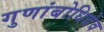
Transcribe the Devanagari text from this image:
गुणांबोधिदेव